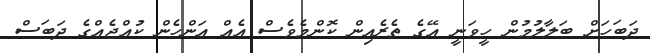
ދަބަހަށް ބަލާލުމުން ހީވަނީ އޭގެ ތެރެއިން ކޮންމެވެސް އެއް އަންހެން ކުއްޖެއްގެ ދަބަސް